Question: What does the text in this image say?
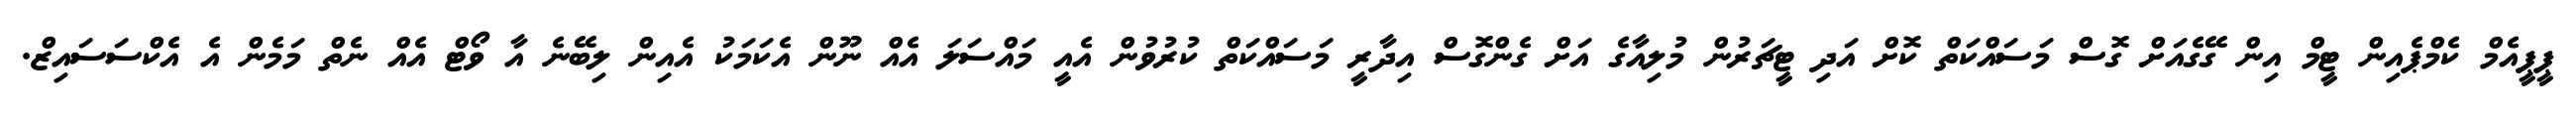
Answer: ޕީޕީއެމް ކެމްޕެއިން ޓީމް އިން ގޭގެއަށް ގޮސް މަސައްކަތް ކޮށް އަދި ޓީޗަރުން މުލިއާގެ އަށް ގެންގޮސް އިދާރީ މަސައްކަތް ކުރުވުން އެއީ މައްސަލަ އެއް ނޫން އެކަމަކު އެއިން ލިބޭނެ އާ ވޯޓް އެއް ނެތް މަމެން އެ އެކްސަސައިޒް.